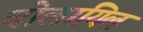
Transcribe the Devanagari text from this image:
चोलायिल